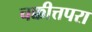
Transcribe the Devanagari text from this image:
चक्कीत्तपरा